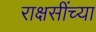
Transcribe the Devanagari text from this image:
राक्षसींच्या